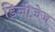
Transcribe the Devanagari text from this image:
डिजीज़ेज